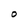
Character: O